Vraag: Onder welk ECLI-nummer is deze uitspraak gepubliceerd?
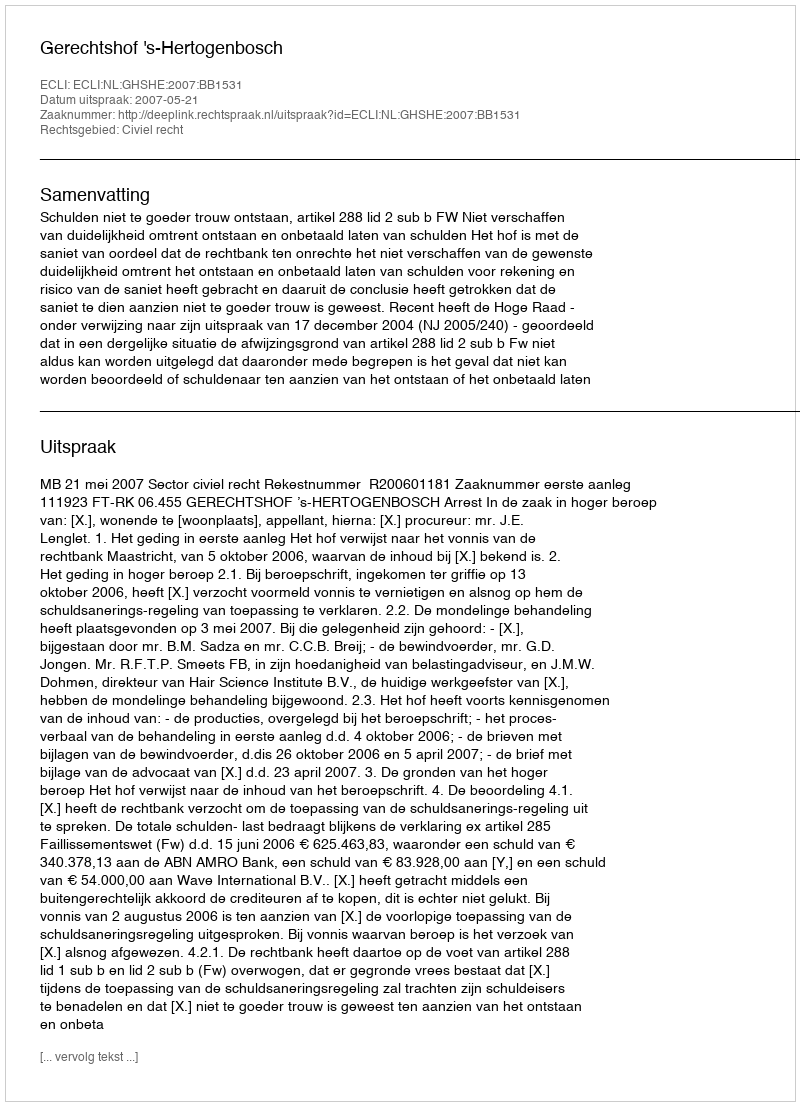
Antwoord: ECLI:NL:GHSHE:2007:BB1531